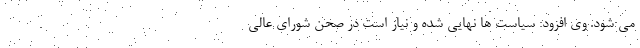
می شود. وی افزود: سیاست ها نهایی شده و نیاز است در صحن شورای عالی